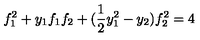
f _ { 1 } ^ { 2 } + y _ { 1 } f _ { 1 } f _ { 2 } + ( \frac { 1 } { 2 } y _ { 1 } ^ { 2 } - y _ { 2 } ) f _ { 2 } ^ { 2 } = 4